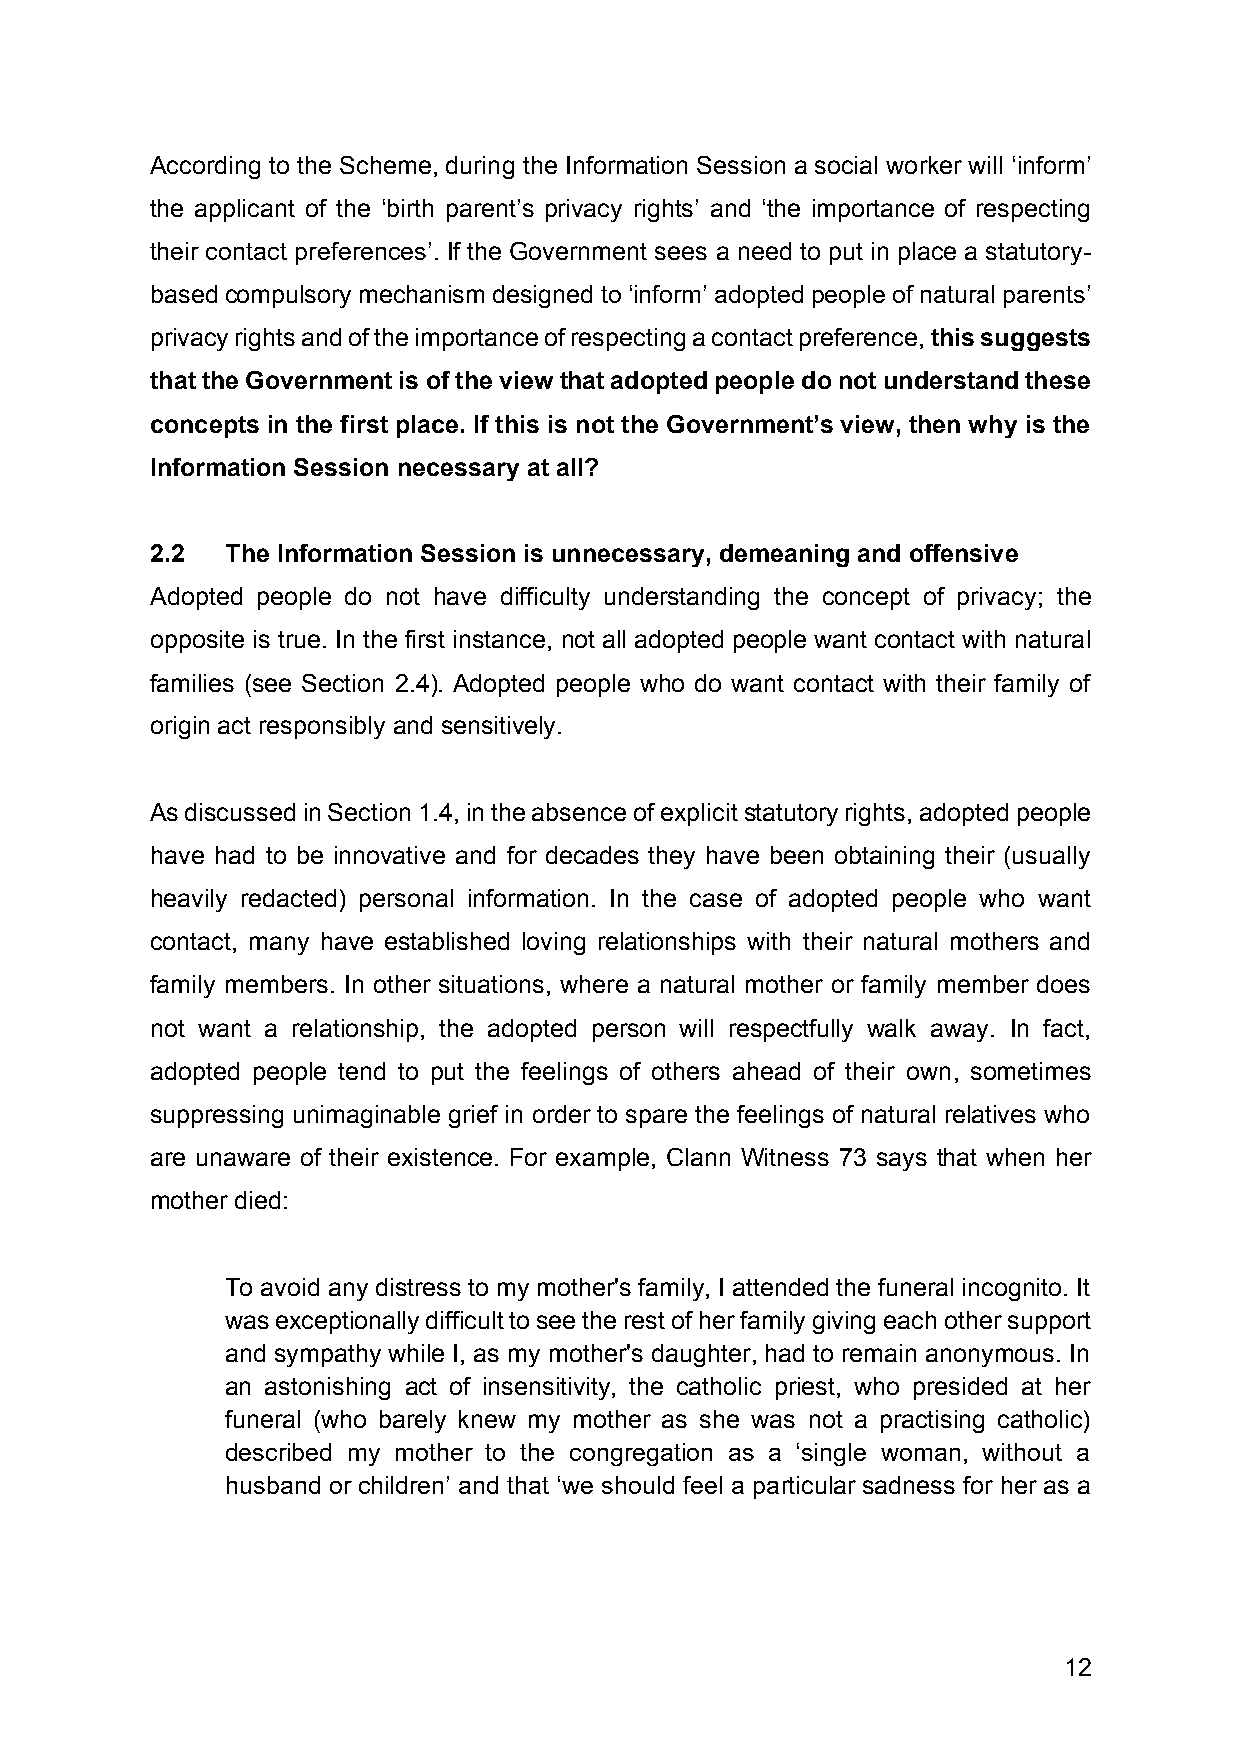
According to the Scheme, during the Information Session a social worker will ‘inform’
 the applicant of the ‘birth parent’s privacy rights’ and ‘the importance of respecting
 their contact preferences’. If the Government sees a need to put in place a statutory-
 based compulsory mechanism designed to ‘inform’ adopted people of natural parents’
 privacy rights and of the importance of respecting a contact preference, this suggests
 that the Government is of the view that adopted people do not understand these
 concepts in the first place. If this is not the Government’s view, then why is the
 Information Session necessary at all?
 2.2  The Information Session is unnecessary, demeaning and offensive
 Adopted people do not have difficulty understanding the concept of privacy; the
 opposite is true. In the first instance, not all adopted people want contact with natural
 families (see Section 2.4). Adopted people who do want contact with their family of
 origin act responsibly and sensitively.
 As discussed in Section 1.4, in the absence of explicit statutory rights, adopted people
 have had to be innovative and for decades they have been obtaining their (usually
 heavily redacted) personal information. In the case of adopted people who want
 contact, many have established loving relationships with their natural mothers and
 family members. In other situations, where a natural mother or family member does
 not want a relationship, the adopted person will respectfully walk away. In fact,
 adopted people tend to put the feelings of others ahead of their own, sometimes
 suppressing unimaginable grief in order to spare the feelings of natural relatives who
 are unaware of their existence. For example, Clann Witness 73 says that when her
 mother died:
 To avoid any distress to my mother's family, I attended the funeral incognito. It
 was exceptionally difficult to see the rest of her family giving each other support
 and sympathy while I, as my mother's daughter, had to remain anonymous. In
 an astonishing act of insensitivity, the catholic priest, who presided at her
 funeral (who barely knew my mother as she was not a practising catholic)
 described my mother to the congregation as a ‘single woman, without a
 husband or children’ and that ‘we should feel a particular sadness for her as a
 12